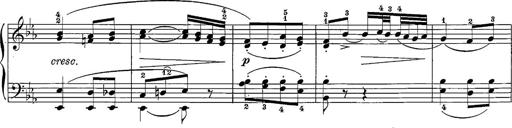
Title: 12 Sonatine per Pianoforte
Composer: Friedrich Kuhlau